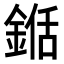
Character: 𮢍